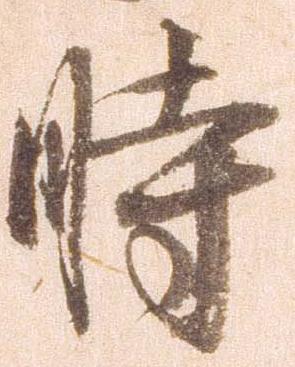
時